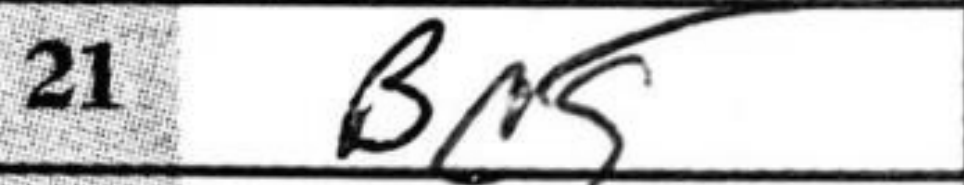
Transcription: Bc5